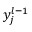
y _ { j } ^ { l - 1 }